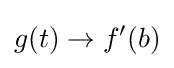
g(t)\rightarrow {f}'(b)